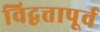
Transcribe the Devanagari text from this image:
विद्वत्तापूर्व